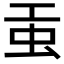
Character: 𧈫